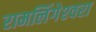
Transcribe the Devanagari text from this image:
रामलिंगेश्‍वरा